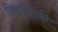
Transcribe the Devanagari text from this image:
सिटपिटाति